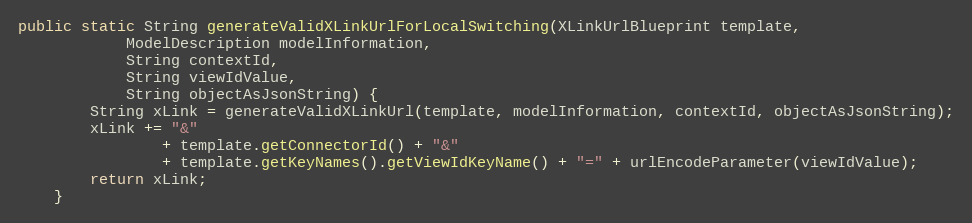
Language: Java
public static String generateValidXLinkUrlForLocalSwitching(XLinkUrlBlueprint template,
            ModelDescription modelInformation,
            String contextId,
            String viewIdValue,
            String objectAsJsonString) {
        String xLink = generateValidXLinkUrl(template, modelInformation, contextId, objectAsJsonString);
        xLink += "&"
                + template.getConnectorId() + "&"
                + template.getKeyNames().getViewIdKeyName() + "=" + urlEncodeParameter(viewIdValue);
        return xLink;
    }